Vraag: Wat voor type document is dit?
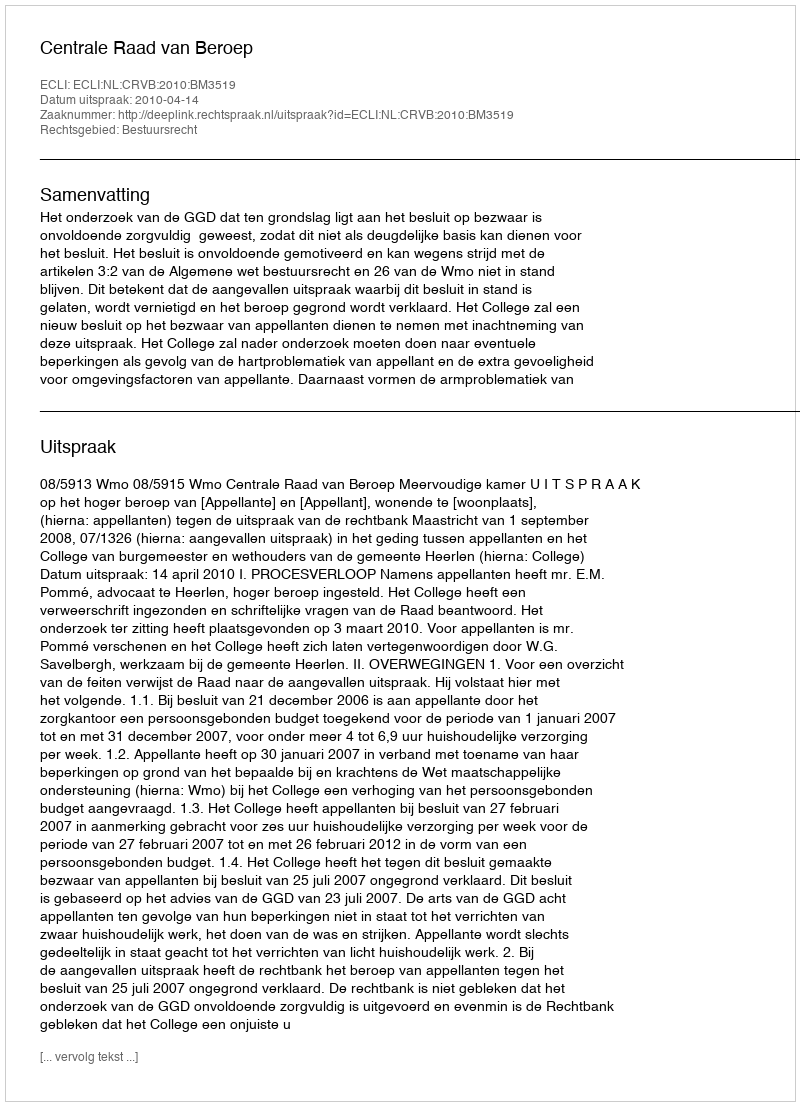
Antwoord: Uitspraak